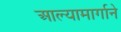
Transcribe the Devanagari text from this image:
आल्यामार्गाने